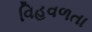
વિહવળતા